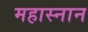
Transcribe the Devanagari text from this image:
महास्नान